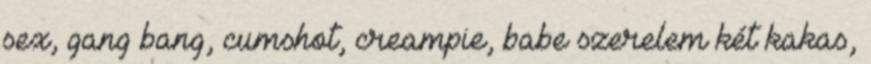
sex, gang bang, cumshot, creampie, babe szerelem két kakas,